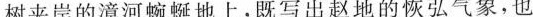
树夹岸的漳河蜿蜒地上，既写出赵地的恢弘气象，也